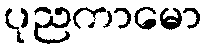
ပုညကာမော